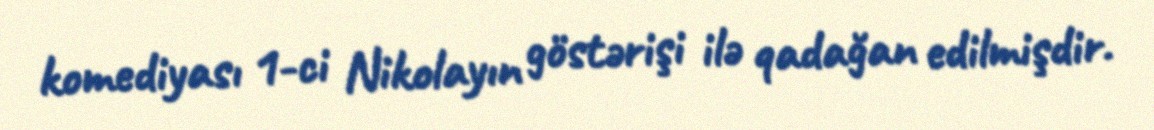
komediyası 1-ci Nikolayın göstərişi ilə qadağan edilmişdir.